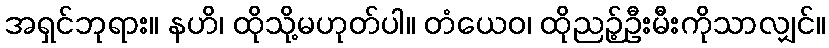
အရှင်ဘုရား။ နဟိ၊ ထိုသို့မဟုတ်ပါ။ တံယေဝ၊ ထိုညဉ့်ဦးမီးကိုသာလျှင်။